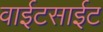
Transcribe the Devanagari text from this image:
वाईटसाईट